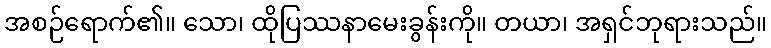
အစဉ်ရောက်၏။ သော၊ ထိုပြဿနာမေးခွန်းကို။ တယာ၊ အရှင်ဘုရားသည်။